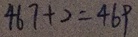
4 6 7 + 2 = 4 6 9